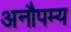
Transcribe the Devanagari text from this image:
अनौपम्य